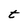
Character: t